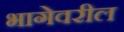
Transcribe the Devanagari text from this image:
भागेवरील